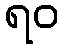
ရဝ